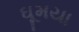
ઘૂમયા